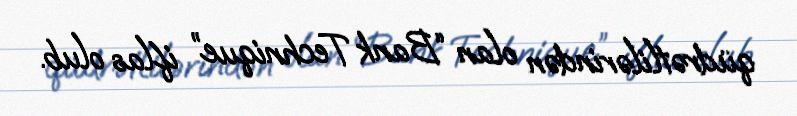
qüdrətlilərindən olan “Bank Technique” iflas olub.